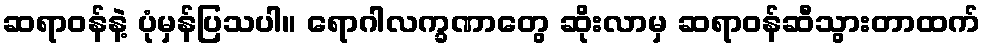
ဆရာဝန်နဲ့ ပုံမှန်ပြသပါ။ ရောဂါလက္ခဏာတွေ ဆိုးလာမှ ဆရာဝန်ဆီသွားတာထက်